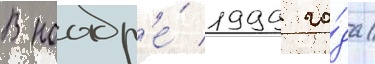
В ноабр'е́ 1999 го́да